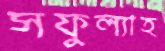
সফুল্যাহ